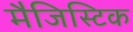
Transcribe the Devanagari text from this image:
मैजिस्टिक